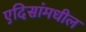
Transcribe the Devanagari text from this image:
एदिसांमधील